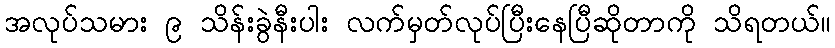
အလုပ်သမား ၉ သိန်းခွဲနီးပါး လက်မှတ်လုပ်ပြီးနေပြီဆိုတာကို သိရတယ်။